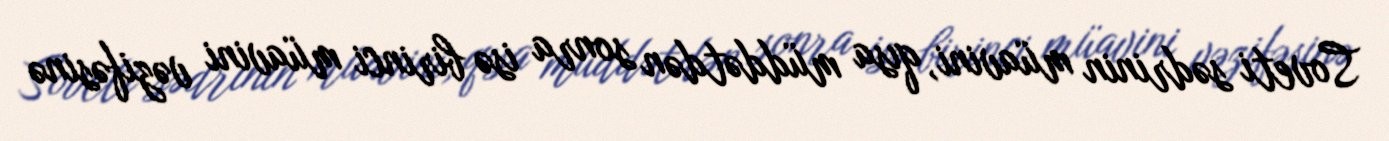
Soveti sədrinin müavini, qısa müddətdən sonra isə birinci müavini vəzifəsinə